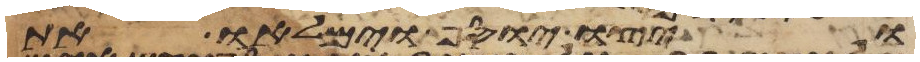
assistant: ויצו יוסף וימלאו את